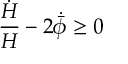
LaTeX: \frac { \dot { H } } { H } - 2 \dot { \bar { \phi } } \geq 0